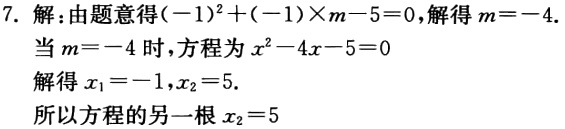
7. 解：由题意得\((-1)^{2}+(-1)\times m - 5 = 0\)，解得\(m = - 4\).
当\(m = - 4\)时，方程为\(x^{2}-4x - 5 = 0\)
解得\(x_{1}=-1,x_{2}=5\).
所以方程的另一根\(x_{2}=5\)